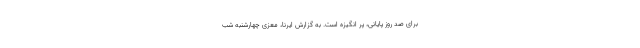
برای صد روز پایانی، پر انگیزه است. به گزارش ایرنا، معزی چهارشنبه شب